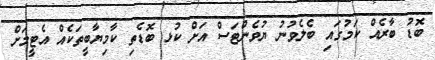
ބޮޑު ބާރެއް ކަމުގައި ބެލެވުނު ޔުވެންޓަސް އަށް ކުޅ ބޮޑެތި ކާމިޔާބީތަކެއް އެޓީމަށް